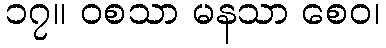
၁၇။ ဝစသာ မနသာ စေဝ၊